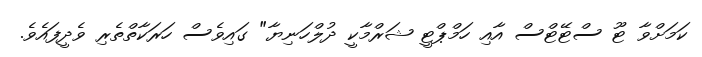
ކަމަށްވާ ޓޫ ސްޓޭޓްސް އާއި ހަމްޕްޓީ ޝަރްމާކީ ދުލްހަނިޔާ" ގައިވެސް ހަރަކާތްތެރި ވެދީފައެވެ.